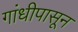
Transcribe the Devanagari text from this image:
गांधीपासून